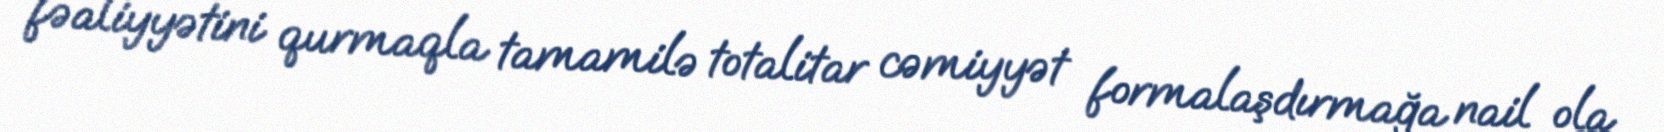
fəaliyyətini qurmaqla tamamilə totalitar cəmiyyət formalaşdırmağa nail ola